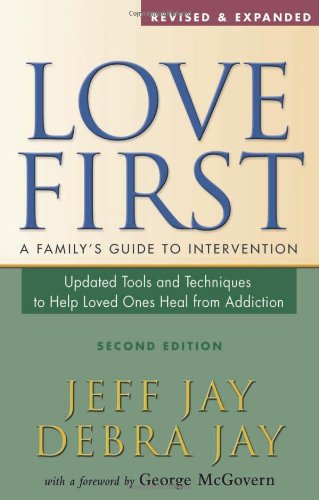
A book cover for Love First: A Family's Guide to Intervention; Jeff Jay; Health, Fitness & Dieting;